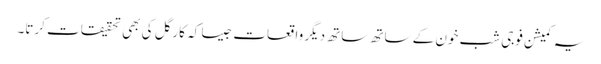
یہ کمیشن فوجی شب خون کے ساتھ ساتھ دیگر واقعات جیسا کہ کارگل کی بھی تحقیقات کرتا۔